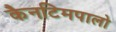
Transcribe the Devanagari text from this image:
कैनटिमपालो